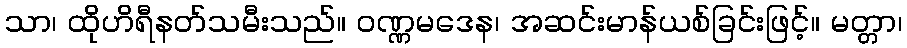
သာ၊ ထိုဟိရီနတ်သမီးသည်။ ဝဏ္ဏမဒေန၊ အဆင်းမာန်ယစ်ခြင်းဖြင့်။ မတ္တာ၊